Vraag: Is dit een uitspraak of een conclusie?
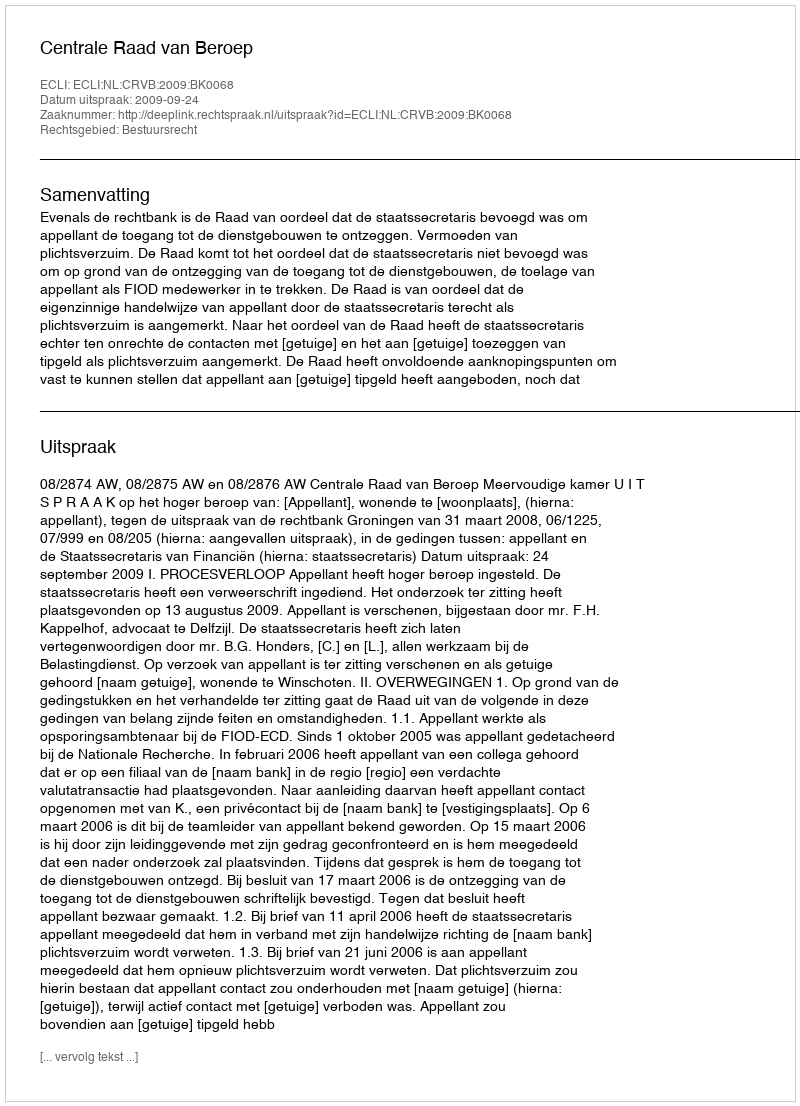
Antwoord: Uitspraak